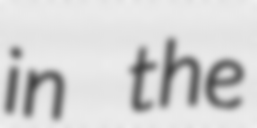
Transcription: in the